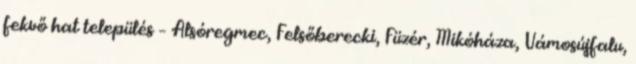
fekvő hat település – Alsóregmec, Felsőberecki, Füzér, Mikóháza, Vámosújfalu,